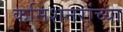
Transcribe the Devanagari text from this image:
कमिशनरांच्या